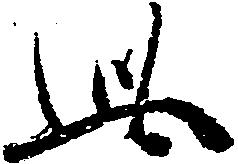
此